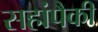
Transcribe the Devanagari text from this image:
सहांपैकी